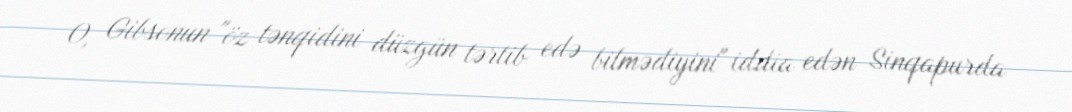
O, Gibsonun "öz tənqidini düzgün tərtib edə bilmədiyini" iddia edən Sinqapurda